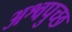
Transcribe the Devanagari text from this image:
अश्वपुच्छ